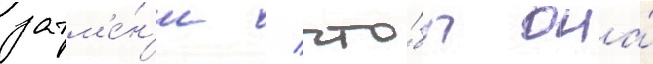
затм'е́н'ие / что́бы она́